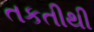
તકતીથી